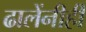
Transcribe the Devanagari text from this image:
ढालेंनीही